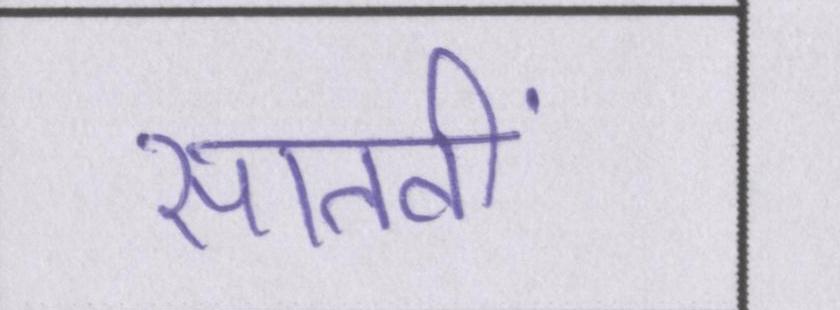
सातवीं